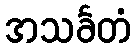
အသင်္ခတံ